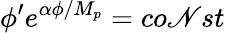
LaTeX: \phi^{\prime}e^{\alpha\phi/M_{p}}=co\mathscr{N}st